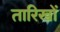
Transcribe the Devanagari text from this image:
तारिखों